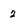
Character: 2